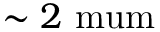
\sim 2 \mathrm { \ m u m }